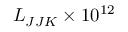
L _ { J J K } \times 1 0 ^ { 1 2 }